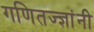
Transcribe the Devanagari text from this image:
गणितज्ज्ञांनी